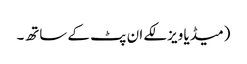
(میڈیا ویزلکے ان پٹ کے ساتھ۔